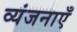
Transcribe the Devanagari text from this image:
व्यंजनाएँ